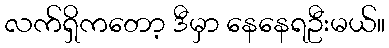
လက်ရှိကတော့ ဒီမှာ နေနေရဦးမယ်။